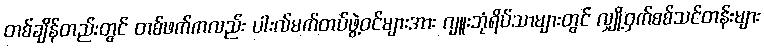
တစ်ချိန်တည်းတွင် တစ်ဖက်ကလည်း ပါးလ်မက်တပ်ဖွဲ့ဝင်များအား ဂျူးဘုံရိပ်သာများတွင် လျှို့ဝှက်စစ်သင်တန်းများ